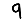
Digit: 9